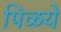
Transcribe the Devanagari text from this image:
पिळये